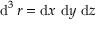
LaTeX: \operatorname { d } ^ { 3 } r = \mathrm { d } x \ \mathrm { d } y \ \mathrm { d } z